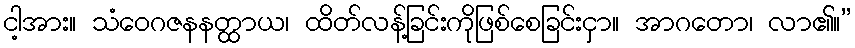
ငါ့အား။ သံဝေဂဇနနတ္ထာယ၊ ထိတ်လန့်ခြင်းကိုဖြစ်စေခြင်းငှာ။ အာဂတော၊ လာ၏။”